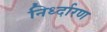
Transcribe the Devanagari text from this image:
निर्ध्दारण